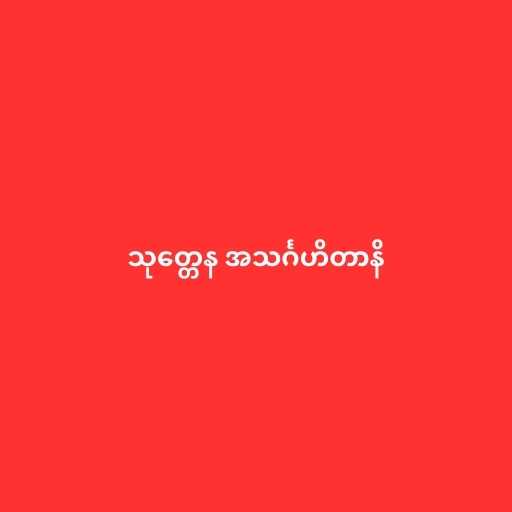
သုတ္တေန အသင်္ဂဟိတာနိ